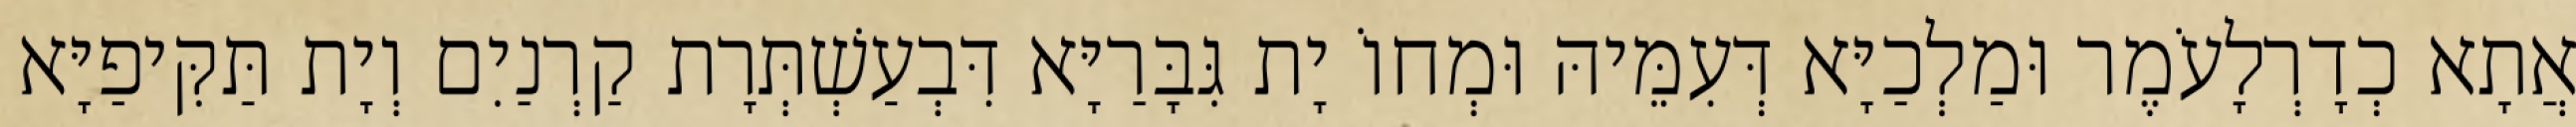
אֲתָא כְדָרְלָעֹמֶר וּמַלְכַיָּא דְּעִמֵּיהּ וּמְחוֹ יָת גִּבָּרַיָּא דִּבְעַשְׁתְּרָת קַרְנַיִם וְיָת תַּקִּיפַיָּא